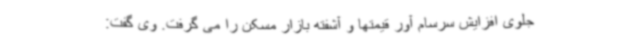
جلوی افزایش سرسام آور قیمتها و آشفته بازار مسکن را می گرفت. وی گفت: